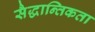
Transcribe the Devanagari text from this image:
सैद्धान्तिकता